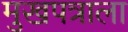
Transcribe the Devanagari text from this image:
मुखपत्राला